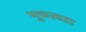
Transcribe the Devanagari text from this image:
मुच्च्लता